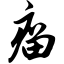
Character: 瘤